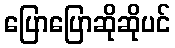
ပြောပြောဆိုဆိုပင်